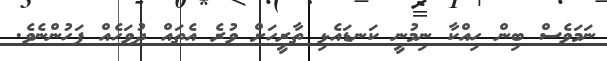
ނަމަވެސް ބިން ހިއްކާ ނިމުނީ ކަނޑައެޅި ތާރީހަށް ވުރެ އެތައް ދުވަހެއް ފަހުންނެވެ.